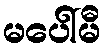
မပေါ်မီ